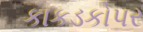
કાકડકોપર